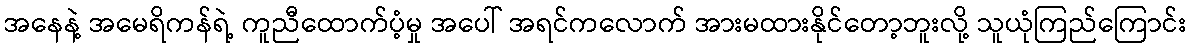
အနေနဲ့ အမေရိကန်ရဲ့ ကူညီထောက်ပံ့မှု အပေါ် အရင်ကလောက် အားမထားနိုင်တော့ဘူးလို့ သူယုံကြည်ကြောင်း